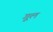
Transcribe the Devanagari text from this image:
गूल